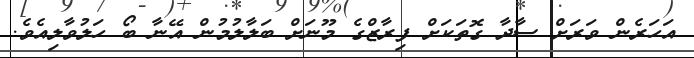
އަހަރެން ވަރަށް ސާދާ ގޮތަކަށް ފިރާޒްގެ މޫނަށް ބަލާލުމުން އޭނާ ބޯ ހަލުވާލިއެވެ.